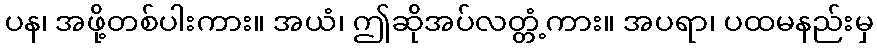
ပန၊ အဖို့တစ်ပါးကား။ အယံ၊ ဤဆိုအပ်လတ္တံ့ကား။ အပရာ၊ ပထမနည်းမှ